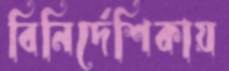
বিনির্দেশিকায়